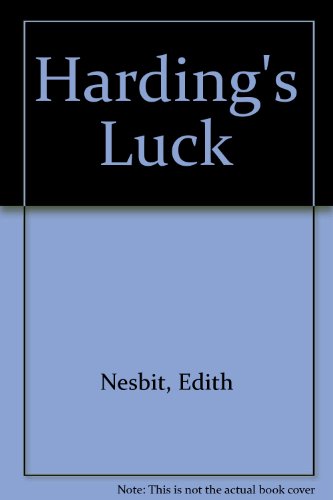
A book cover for Harding's Luck; Edith Nesbit; Travel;